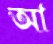
আ